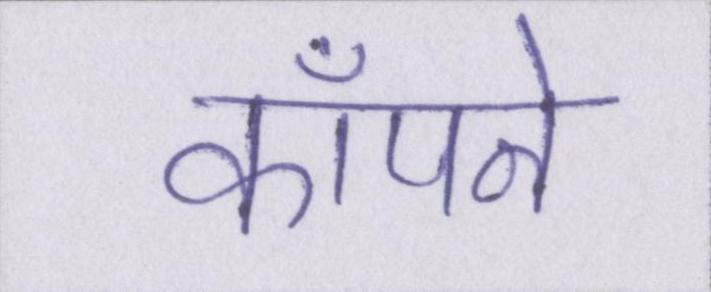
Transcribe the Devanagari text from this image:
काँपने